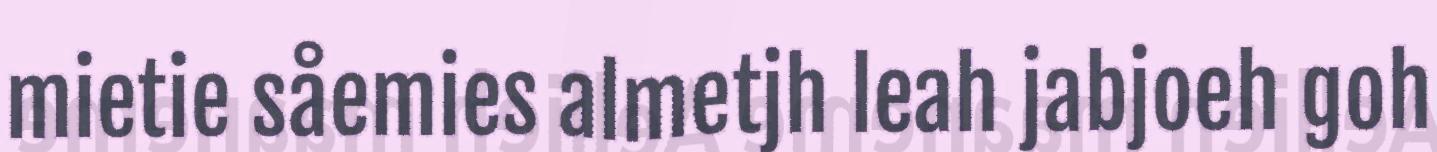
mietie såemies almetjh leah jabjoeh goh